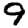
Digit: 9